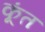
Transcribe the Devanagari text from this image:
कूंत